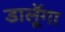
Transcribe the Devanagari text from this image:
डालूॅगा